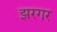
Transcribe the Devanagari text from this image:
झरगर